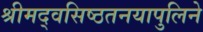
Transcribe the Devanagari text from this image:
श्रीमद्वसिष्ठतनयापुलिने